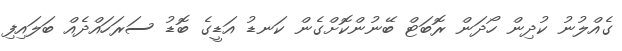
ގެއްލުނު ކުދިން ހޯދަން ރޮބަޓް ބޭނުންކޮށްގެން ކަނޑު އަޑީގެ ބޮޑު ސަރަހައްދެއް ބަލައިފި